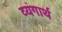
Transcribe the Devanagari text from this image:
व्यंगार्थ